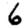
Digit: 6